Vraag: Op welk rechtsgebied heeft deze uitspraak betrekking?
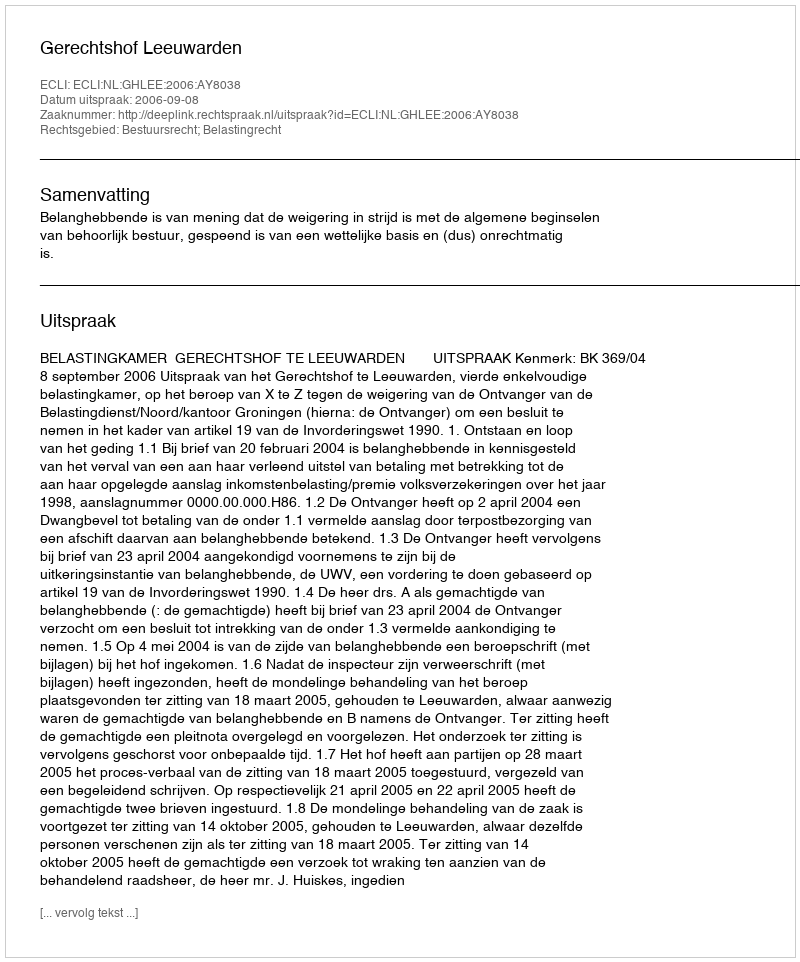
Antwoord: Bestuursrecht; Belastingrecht